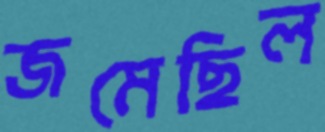
জমেছিল